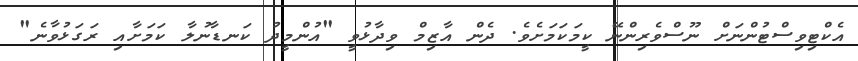
އެކްޓިވިސްޓުންނަށް ނޫސްވެރިންނޭ ކީމަކަމަށެވެ. ދެން އާޒިމް ވިދާޅުވީ "އުންމީދު ކަނޑާނުލާ ކަމަށާއި ރަގަޅުވާނެ"